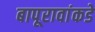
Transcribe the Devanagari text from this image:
बापूरावांकडे